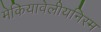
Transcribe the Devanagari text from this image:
मेकियावेलीयनिस्म